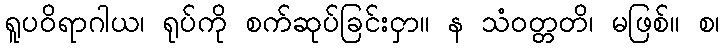
ရူပဝိရာဂါယ၊ ရုပ်ကို စက်ဆုပ်ခြင်းငှာ။ န သံဝတ္တတိ၊ မဖြစ်။ စ၊